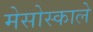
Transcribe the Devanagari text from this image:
मेसोस्काले